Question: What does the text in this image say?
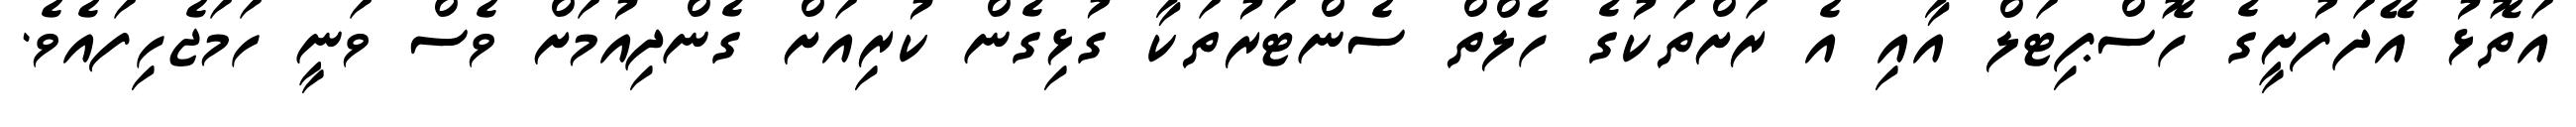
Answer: އަތޮޅު އޭދަފުށީގެ ހޮސްޕިޓަލް އާއި އެ ރަށްތަކުގެ ހެލްތް ސެންޓަރުތަކާ ގުޅިގެން ކުރިއަށް ގެންދިއުމަށް ވެސް ވަނީ ހަމަޖެހިފައެވެ.